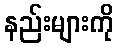
နည်းများကို